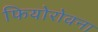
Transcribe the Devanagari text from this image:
फियोरोवना